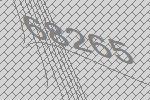
68265